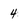
Character: 4